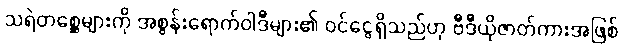
သရဲတစ္ဆေများကို အစွန်းရောက်ဝါဒီများ၏ ဝင်ငွေရှိသည်ဟု ဗီဒီယိုဇာတ်ကားအဖြစ်